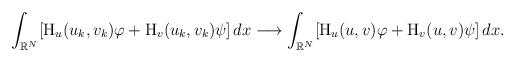
LaTeX: \begin{align*}\int_{\mathbb{R}^{N}}[\mathrm{H}_{u}(u_k,v_k)\varphi+\mathrm{H}_{v}(u_k,v_k)\psi]\,dx \longrightarrow \int_{\mathbb{R}^{N}}[\mathrm{H}_{u}(u,v)\varphi+\mathrm{H}_{v}(u,v)\psi]\,dx.\end{align*}